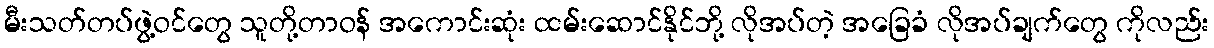
မီးသတ်တပ်ဖွဲ့ဝင်တွေ သူတို့တာဝန် အကောင်းဆုံး ထမ်းဆောင်နိုင်ဘို့ လိုအပ်တဲ့ အခြေခံ လိုအပ်ချက်တွေ ကိုလည်း